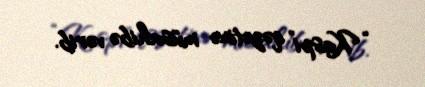
“Kaspi” qəzetinə müsahibə verib.